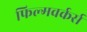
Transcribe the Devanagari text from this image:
फिल्मवर्कर्स